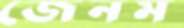
জেনম